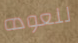
للعوده